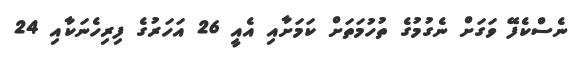
ނެސްކެފޭ ވަގަށް ނެގުމުގެ ތުހުމަތަށް ކަމަށާއި އެއީ 26 އަހަރުގެ ފިރިހެނަކާއި 24